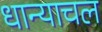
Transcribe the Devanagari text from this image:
धान्याचल